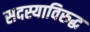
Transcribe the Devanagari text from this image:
सदस्याविरुद्ध